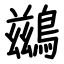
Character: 鷀